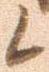
候